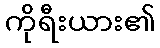
ကိုရီးယား၏